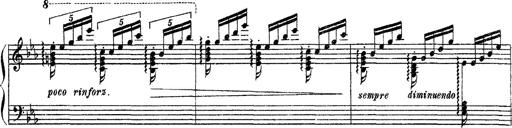
Title: Apparitions
Composer: Franz Liszt